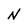
Character: N